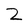
Character: Z